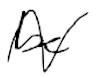
Text: be
Cross-out: wave
Writing tool: digital_black